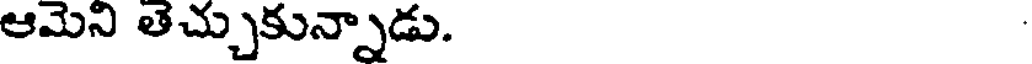
ఆమెని తెచ్చుకున్నాడు.